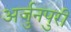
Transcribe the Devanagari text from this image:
अर्जुनपुरी